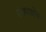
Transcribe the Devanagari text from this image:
रक्ताशोक